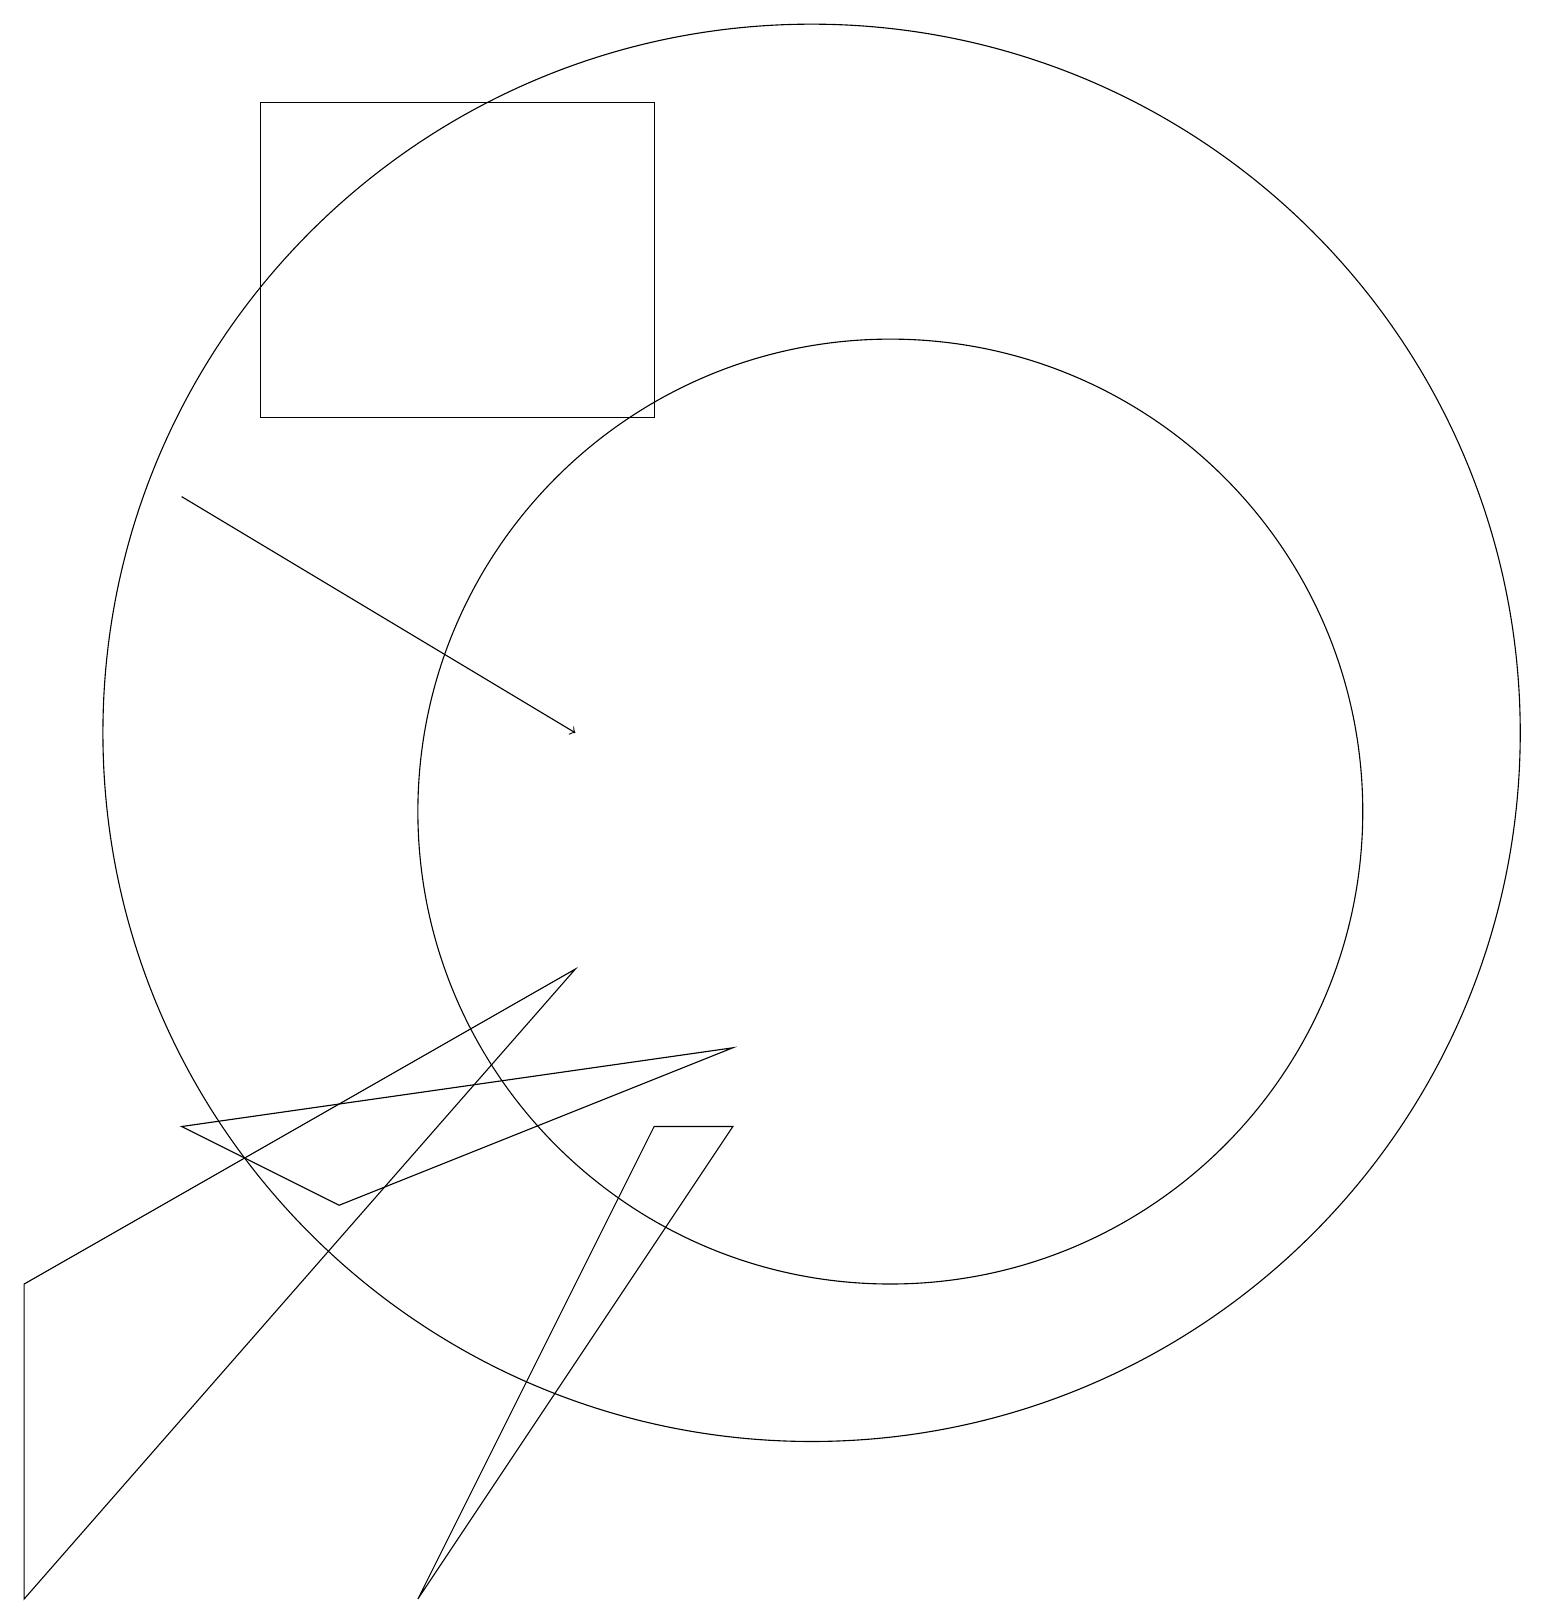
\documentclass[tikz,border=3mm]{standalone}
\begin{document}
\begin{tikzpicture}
\draw (7,8) -- (0,0) -- (0,4) -- cycle;
\draw (10,11) circle (9);
\draw (5,0) -- (9,6) -- (8,6) -- cycle;
\draw (3,15) rectangle (8,19);
\draw[->] (2,14) -- (7,11);
\draw (4,5) -- (9,7) -- (2,6) -- cycle;
\draw (11,10) circle (6);
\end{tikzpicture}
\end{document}